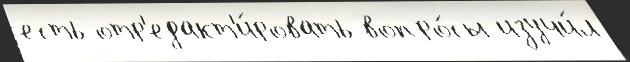
есть отр'едакт'и́ровать вопро́сы изучи́л